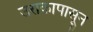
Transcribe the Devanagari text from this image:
उराकापासून